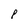
Character: 8